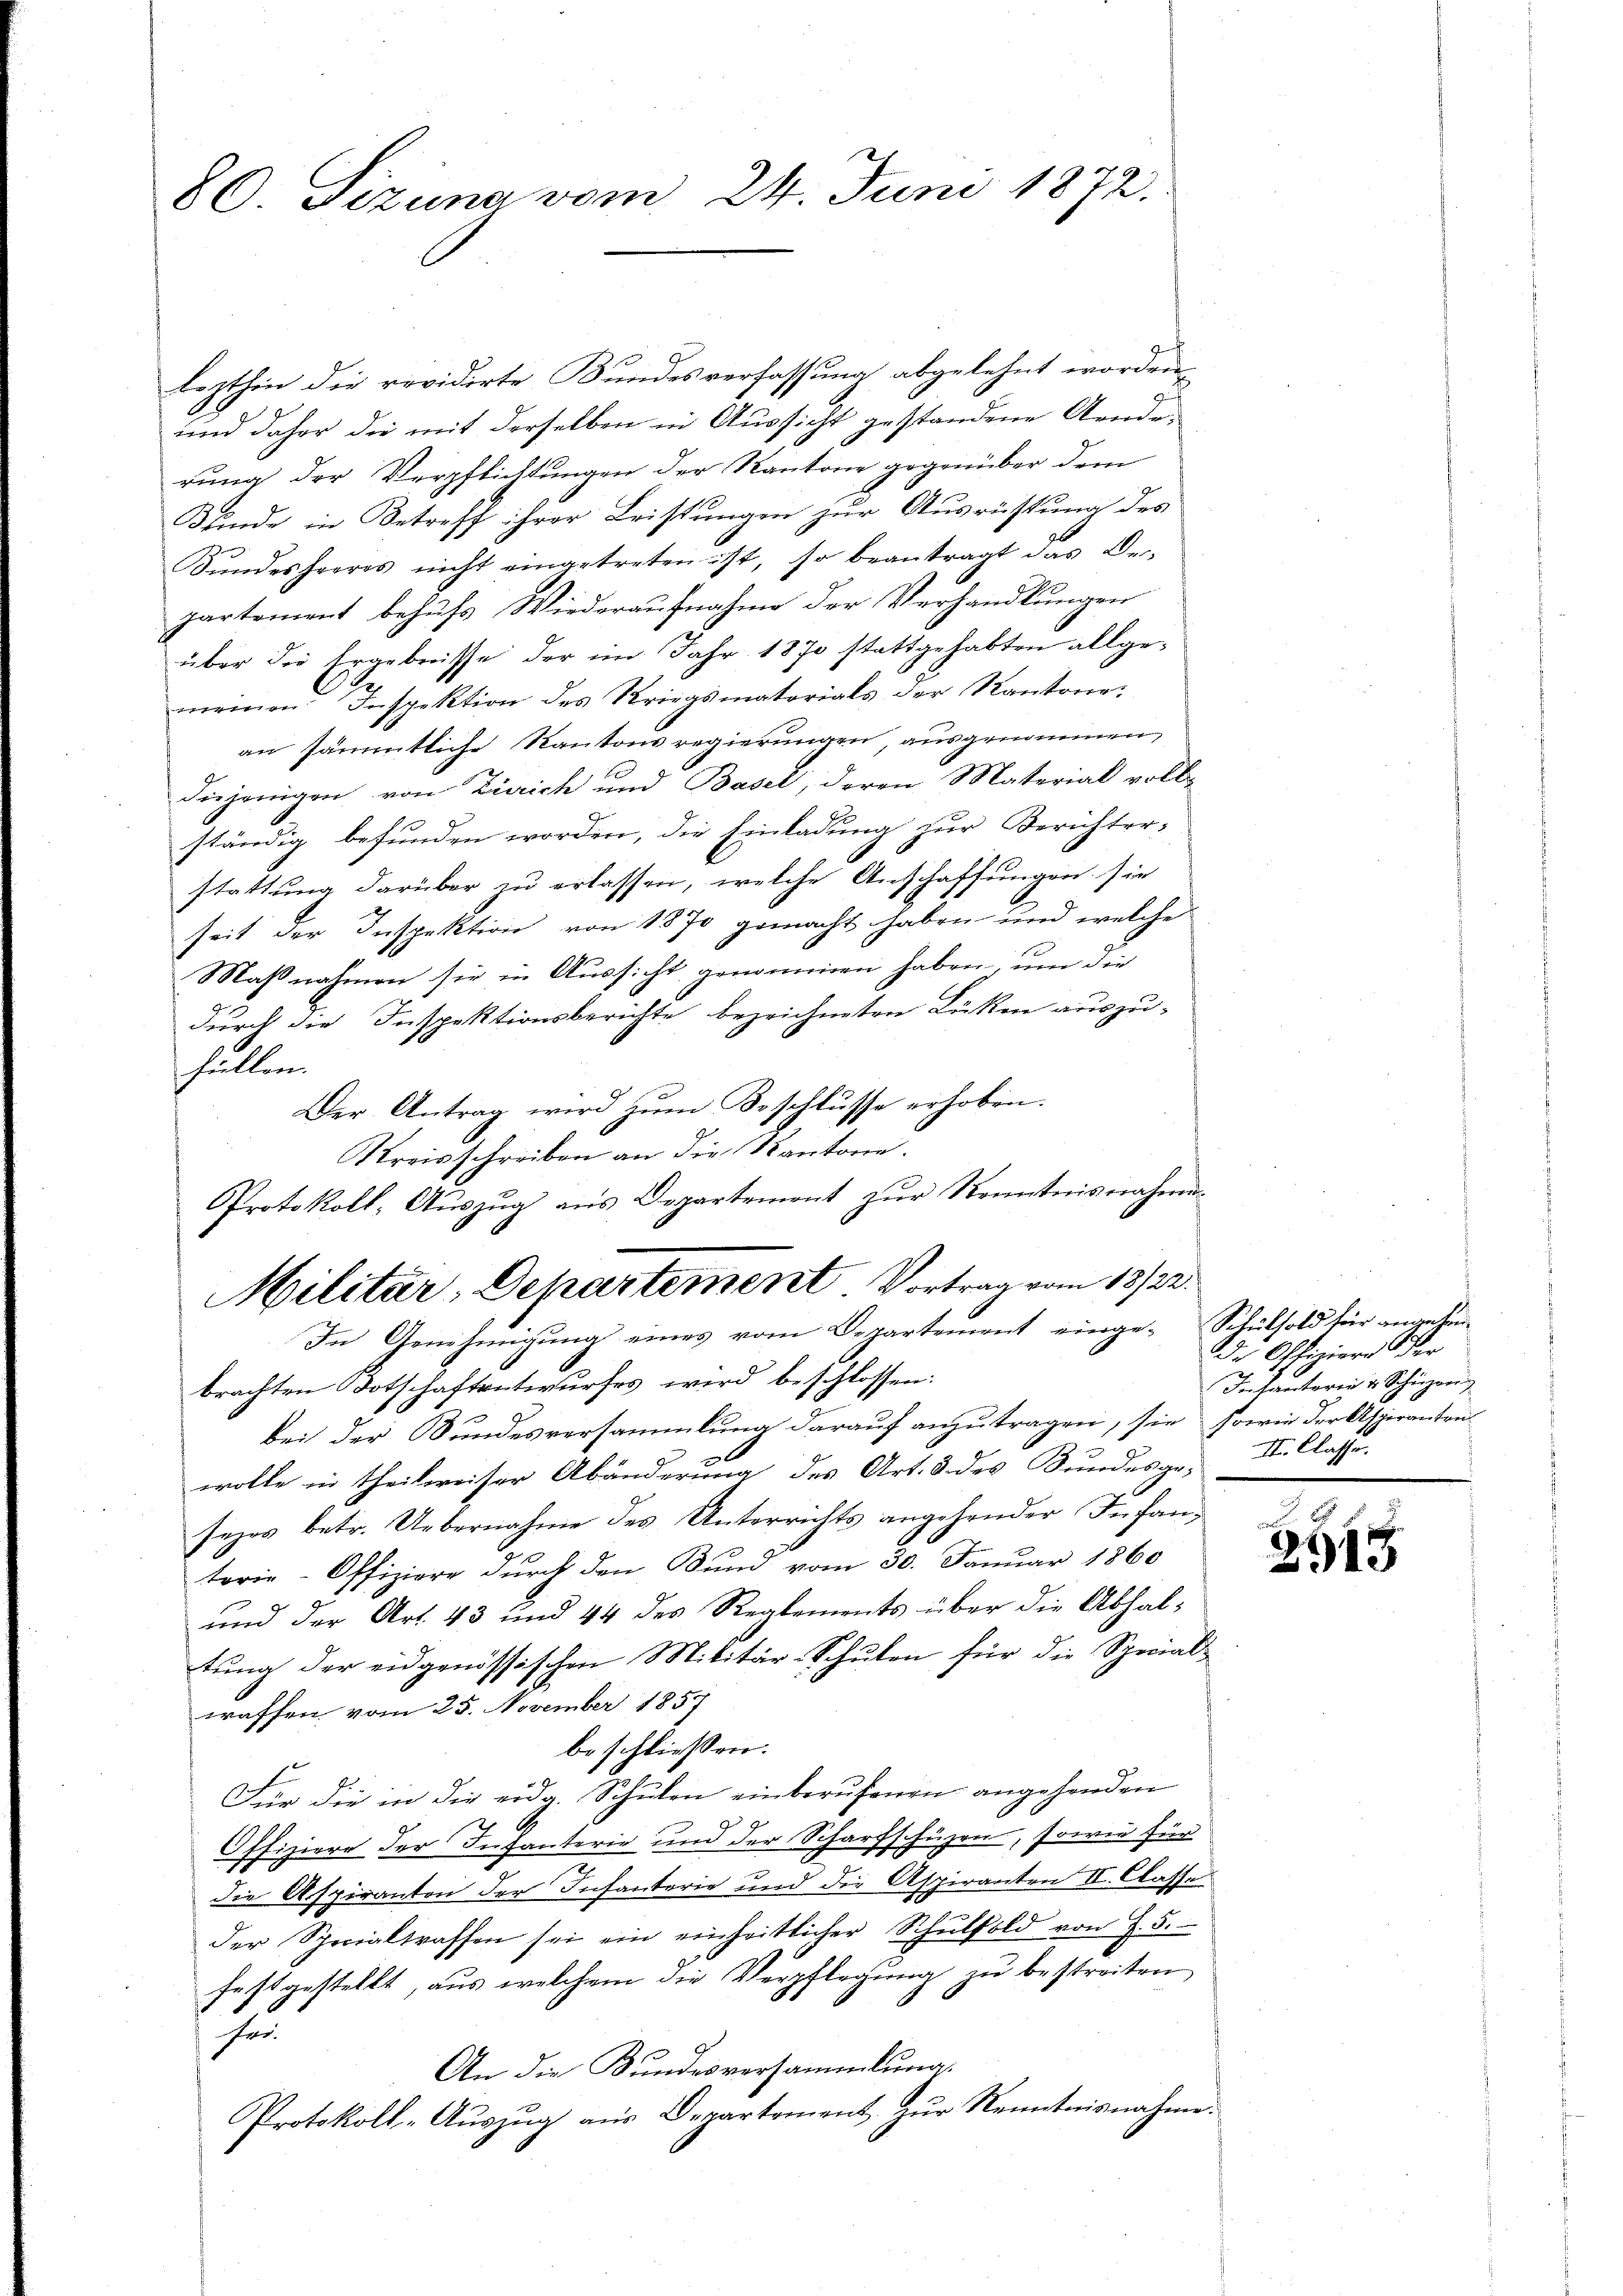
80 Sizung vom 24. Juni 1872.

lezthin die revidirte Bundesverfassung abgelehnt worden.
und daher die mit derselben in Aussicht gestandene Aende
rung der Verpflichtungen der Kantone gegenüber dem
Bunde in Betreff ihrer Leistungen zur Ausrüstung des
Sŭndesheeres nicht eingetreten ist, so beantragt das De-
partement behufs Wiederaufnahme der Verhandlungen
über die Ergebnisse der in Jahr 1870 stattgehabten allgemeinen Inspektion des Kriegsmatorials der Kantone
an sämmtliche Kantons regierungen, ausgenommen,
diejenigen von Zürich und Basel, deren Material voll-
ständig befunden worden, die Einladung zur Berichter-
stattung darüber zu erlassen, welche Anschaffungen sie
seit der Inspektion von 1870 gemacht haben und welche
Maßnahmen sie in Aussicht genommen haben, um die
durch die Inspektionsberichte bezeichneten Lücken auszu-
hüllen.
Der Antrag wird zŭm Beschlusse erhoben.
Kreisschreiben an die Kantone.
Protokoll, Auszug aus Departement zur Kenntnisnahmen
Militär-Departement. Vortrag vom 18/22.
In Genehmigung eines vom Departement einge-Schulhold für angehenbrachten Totschaftentwurfes wird beschlossen:
bei der Bundesversammlung darauf anzutragen, sie sowie der Aspiranten
wolle in theilweiser Abänderung des Art. 3 des Bundesge- I. Classe.
sezes betr. Uebernahme des Unterrichts angehender Infanterie-Offiziere durch den Bund vom 30. Januar 1860
und der Art. 43 und 44 des Reglements über die Abhaltung der eidgenössischen Militär-Schulen für die Special-
traffen vom 25. November 1857
beschliessen:
Für die in die eidg. Schŭlen einberŭfenen angehenden
Offiziere der Infanterie und der Scharfschüzen, sowie für
die Aspiranten der Infanterie und die Aspiranten II. Classe
der Specialtraffen sei ein einheitlicher Schŭlfold von J. 5.
festgestellt, aus welchem die Verpflegung zu bestreiten
fer.
An die Kundesversammlung.
Protokoll-Auszug aus Departement zur Kenntnisnahme.

d. Officiers Ver
Inkentarii v. Schüzen

a
2918